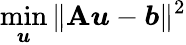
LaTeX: \operatorname*{min}_{\boldsymbol{u}}\| \mathbf{A}\boldsymbol{u}-\boldsymbol{b}\| ^{2}